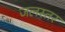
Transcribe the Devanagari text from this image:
जलस्‍तर